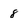
Character: 8